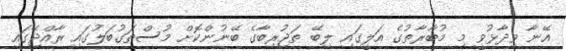
އޭނާ ވިދާޅުވީ މި މުބާރާތުގެ އަލީގައި ލިބޭ ތަޖުރިބާގެ ބޭނުންކޮށް މުސްތަގުބަލުގައި ރާއްޖޭގައި